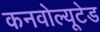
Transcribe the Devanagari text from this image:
कनवोल्यूटेड